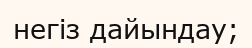
негіз дайындау;